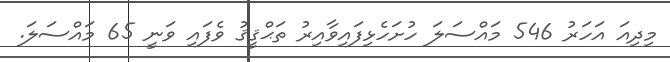
މިދިއަ އަހަރު 546 މައްސަލަ ހުށަހެޅިފައިވާއިރު ތަޙްޤީޤު ވެފައި ވަނީ 65 މައްސަލަ.